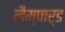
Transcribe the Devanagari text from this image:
लैम्पार्ड